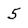
Character: 5